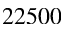
2 2 5 0 0